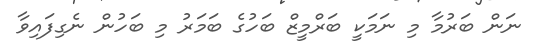
ނަން ބަރުމާ މި ނަމަކީ ބަރްމީޒް ބަހުގެ ބަމަރު މި ބަހުން ނެގިފައިވާ